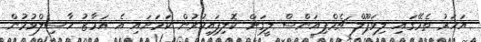
އަހަރު ތެރޭގައި ލިވަޕޫލް ޗެމްޕިއަންސް ލީގަށް ކޮލިފައިކުރުން ކަމަށައި އެ އަމާޒު ހާސިލްވުމުން